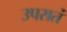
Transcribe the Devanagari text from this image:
उपरातं